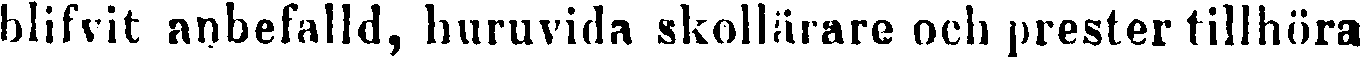
blifvit anbefalld, huruvida skollärare och prester tillhöra